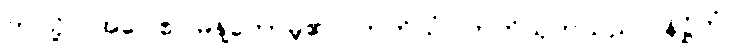
ဤသို့။ အဝေါစ၊ မိန့်တော်မူ၏။ တတိယံ၊ တတိသုတ်သည်။ နိဋ္ဌိတံ၊